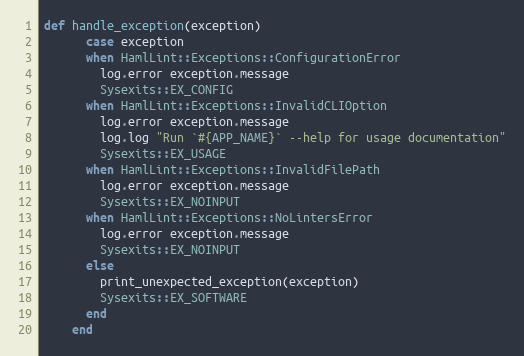
Language: Ruby
def handle_exception(exception)
      case exception
      when HamlLint::Exceptions::ConfigurationError
        log.error exception.message
        Sysexits::EX_CONFIG
      when HamlLint::Exceptions::InvalidCLIOption
        log.error exception.message
        log.log "Run `#{APP_NAME}` --help for usage documentation"
        Sysexits::EX_USAGE
      when HamlLint::Exceptions::InvalidFilePath
        log.error exception.message
        Sysexits::EX_NOINPUT
      when HamlLint::Exceptions::NoLintersError
        log.error exception.message
        Sysexits::EX_NOINPUT
      else
        print_unexpected_exception(exception)
        Sysexits::EX_SOFTWARE
      end
    end